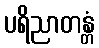
ပရိညာတန္တံ